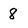
Character: 8